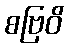
စဗြဝိ